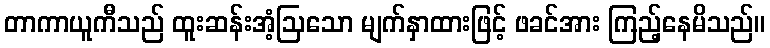
တာကာယူကီသည် ထူးဆန်းအံ့ဩသော မျက်နှာထားဖြင့် ဖခင်အား ကြည့်နေမိသည်။